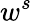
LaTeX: w^{s}